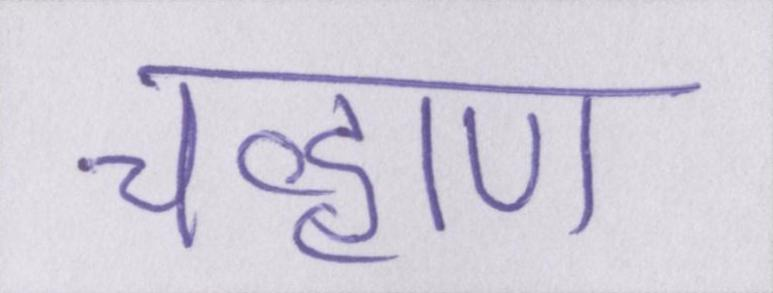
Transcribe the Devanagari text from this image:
चव्हाण